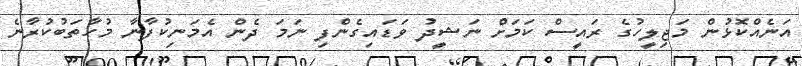
އަނެއްކޮޅުން މަޖިލީހުގެ ރައީސް ކަމަށް ނަޝީދު ވަޑައިގެންފި ނަމަ ދެން އެމަނިކުފާނާ މުހާތަބުކުރާނެ